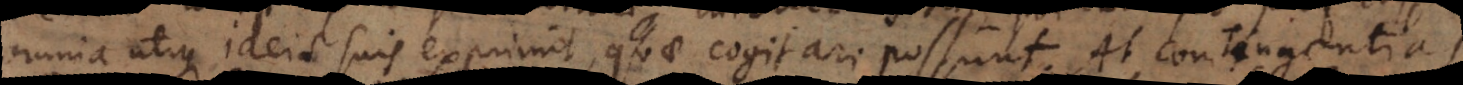
omnia utique ideis suis exprimit, quae cogitari possunt. At contingentias